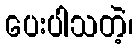
ပေးပါသတဲ့၊